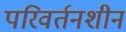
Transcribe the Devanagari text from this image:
परिवर्तनशीन